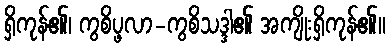
ရှိကုန်၏၊ ကွစိပ္ဖလာ-ကွစိသဒ္ဒါ၏ အကျိုးရှိကုန်၏။